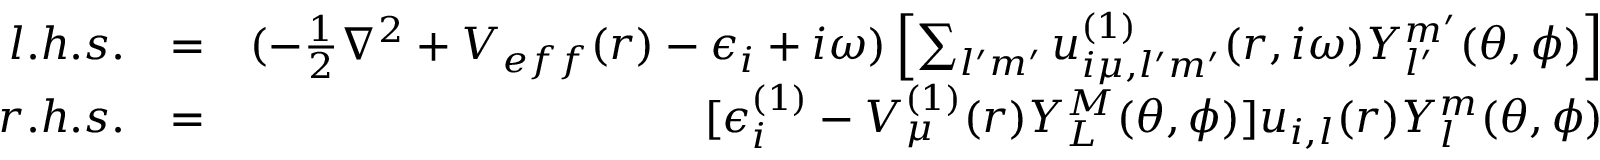
\begin{array} { r l r } { l . h . s . } & { = } & { ( - \frac { 1 } { 2 } \nabla ^ { 2 } + V _ { e f f } ( r ) - \epsilon _ { i } + i \omega ) \left[ \sum _ { l ^ { \prime } m ^ { \prime } } u _ { i \mu , l ^ { \prime } m ^ { \prime } } ^ { ( 1 ) } ( r , i \omega ) Y _ { l ^ { \prime } } ^ { m ^ { \prime } } ( \theta , \phi ) \right] } \\ { r . h . s . } & { = } & { [ \epsilon _ { i } ^ { ( 1 ) } - V _ { \mu } ^ { ( 1 ) } ( r ) Y _ { L } ^ { M } ( \theta , \phi ) ] u _ { i , l } ( r ) Y _ { l } ^ { m } ( \theta , \phi ) } \end{array}